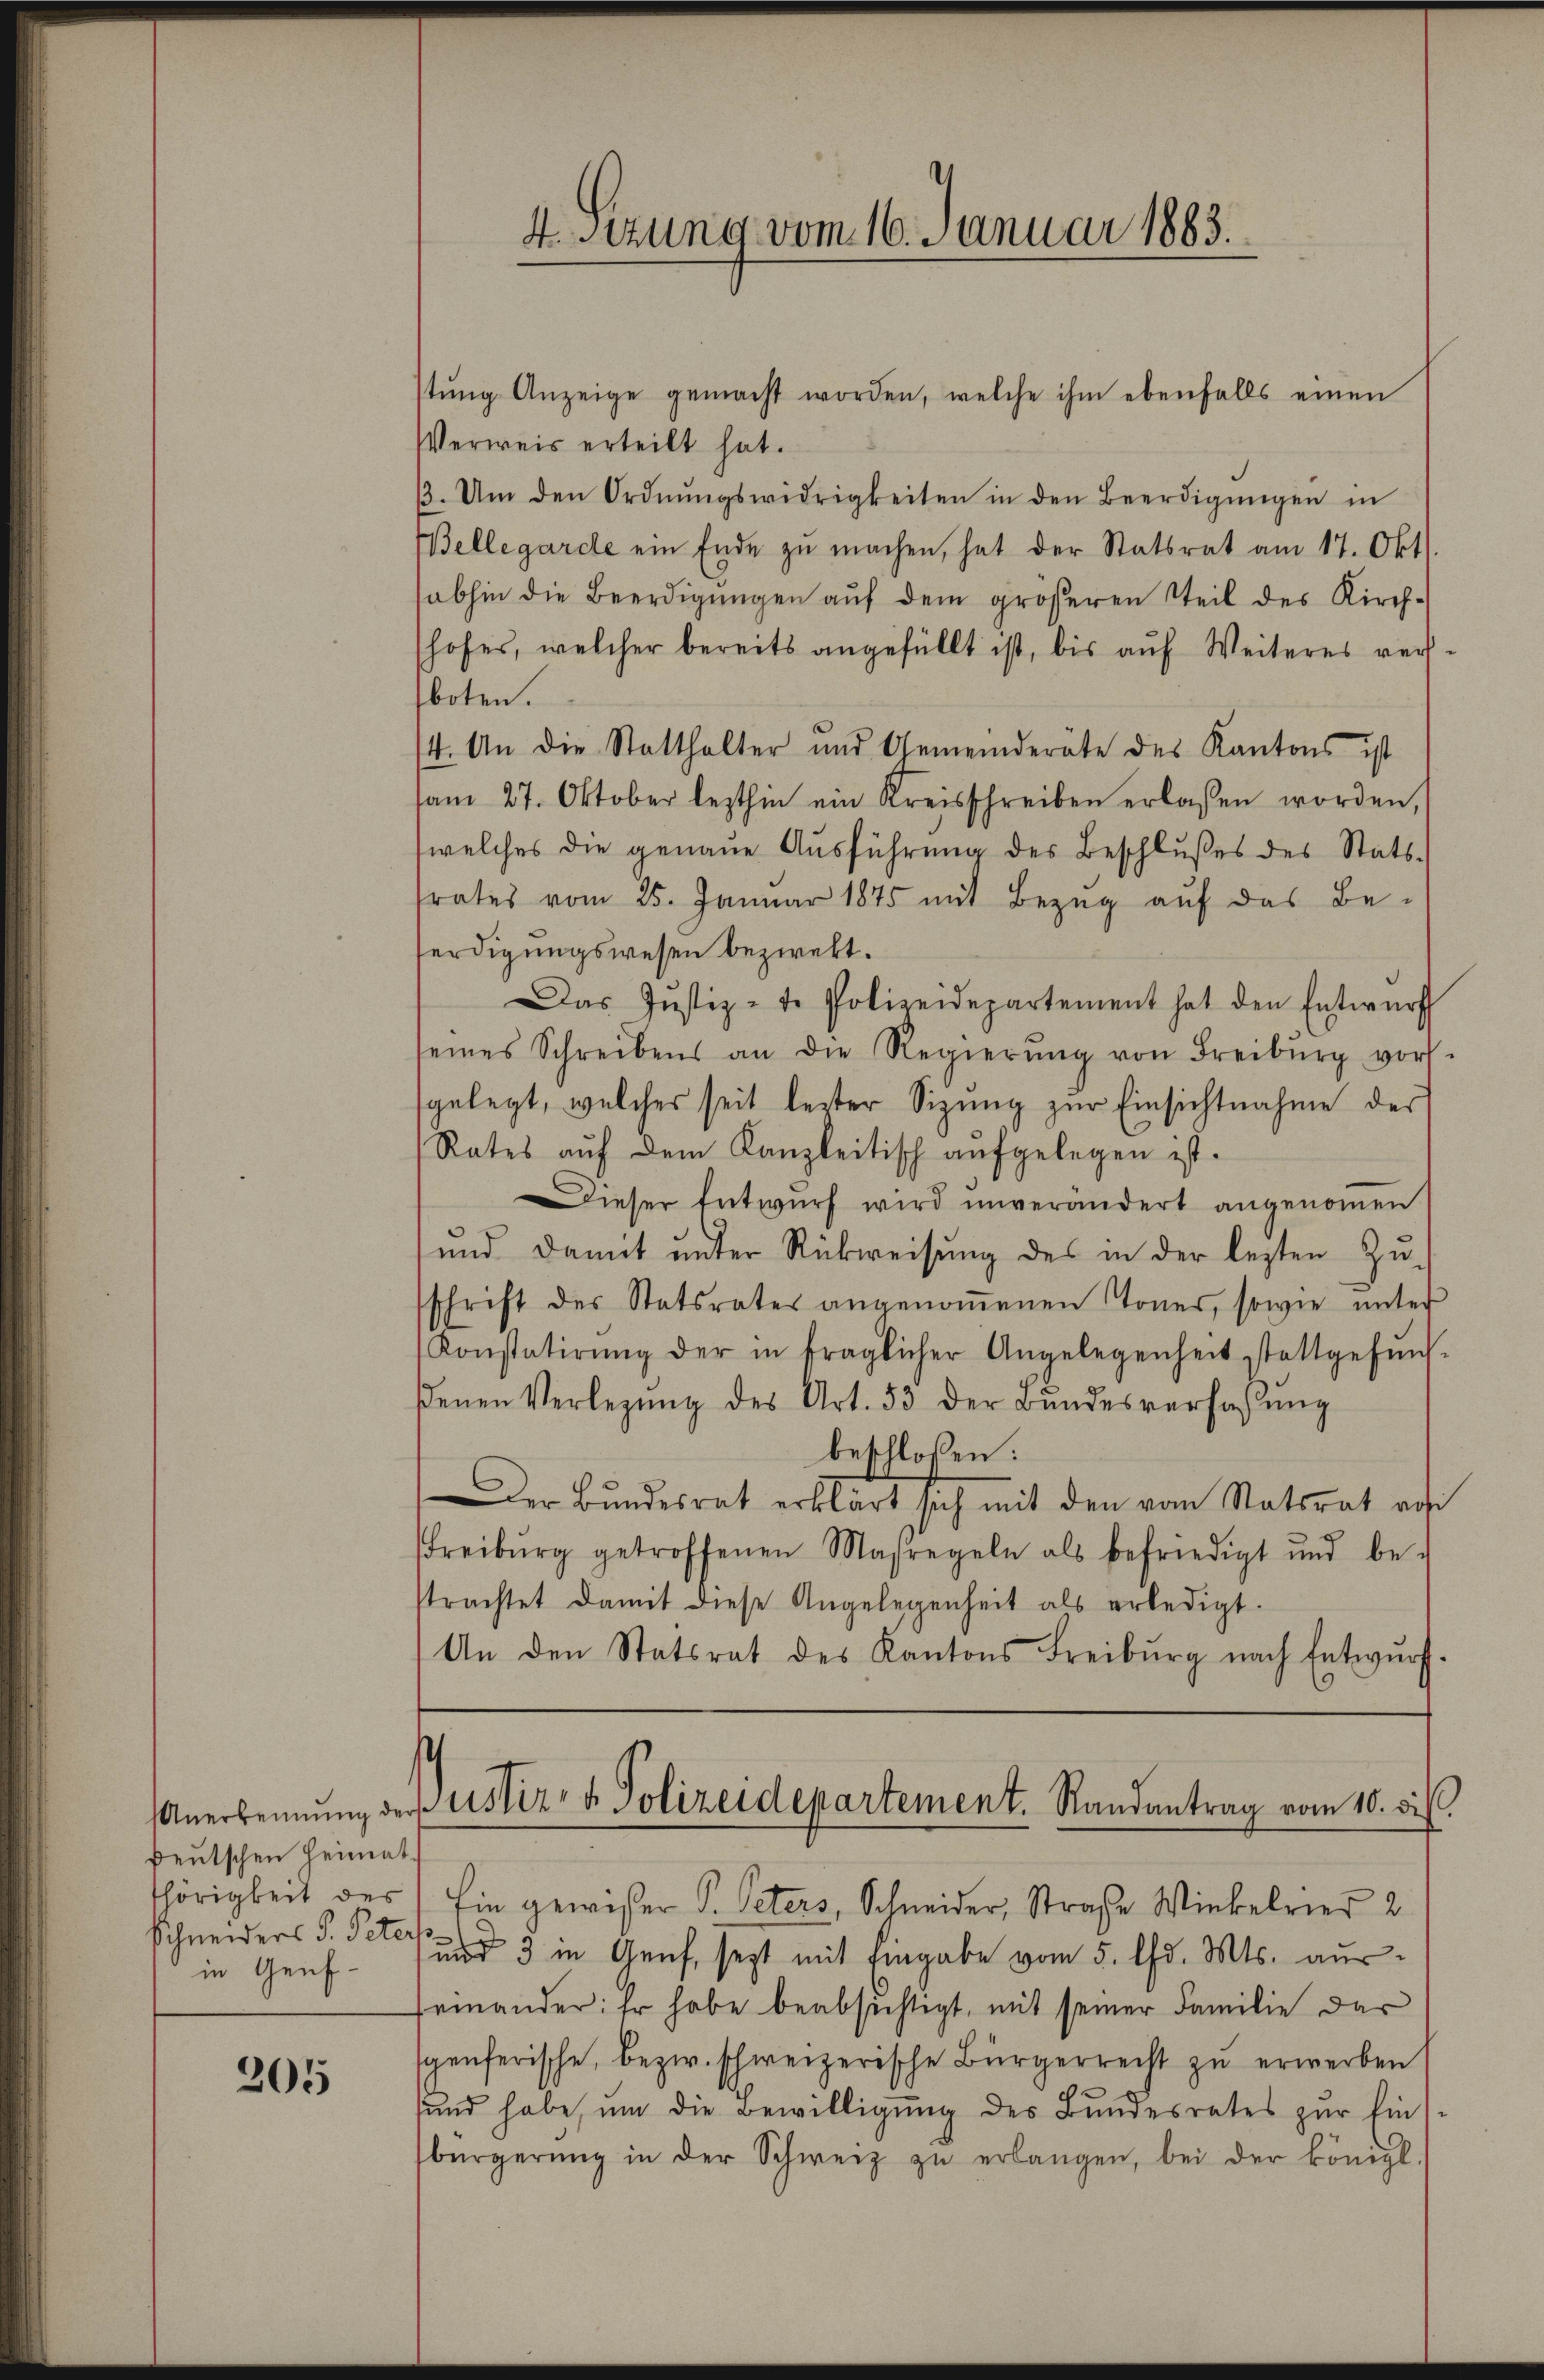
deutschen Heimat.
thörigkeit des
Schneiders F. Peter
in Genf-

205

stŭng Anzeige gemacht worden, welche ihm ebenfalls einen
Verweis erteilt hat.
/3. Um den Ordnŭngswidrigkeiten in den Beerdigŭngen in
Bellegarde ein Ende zu machen, hat der Statsrat am 17. Okt.
abhin die Beerdigŭngen aŭf dem größeren Teil des Kirch-
shofes, welcher bereits angefüllt ist, bis aŭf Weiteres ver-
boten.
4. An die Statthalter und Gemeinderäte des Kantons ist
am 27. Oktober lezthin ein Kreisschreiben erlassen worden,
(welches die genaue Aŭsführung des Beschlußes des Stats-
frates vom 25. Januar 1875 mit Bezŭg aŭf das Be-
ferdigungswesen bezwekt.
Das Justiz-te Polizeidepartement hat den Entwŭrf
seines Schreibens an die Regierŭng von Freiburg vors
gelegt, welches seit lezter Sizŭng zŭr Einsichtnahme der
Rates aŭf dem Kanzleitisch aufgelegen ist.
Dieser Entwurf wird unverändert angenommen
und damit unter Rückweisung des in der lezten Zuschrift des Statsrates angenoṁenen Tones, sowie unter
Konstatirŭng der in fraglicher Angelegenheit stattgefŭnd-
ßenen Verlegŭng des Art. 53 der Bŭndesverfassŭng
beschlossen:
DDer Bundesrat erklärt sich mit den vom Statsrat von
Freiburg getroffenen Maßregeln als befriedigt und be-
trachtet damit diese Angelegenheit als erledigt.
An den Statsrat des Kantons Freiburg nach Entwurf.

4. Sitzung vom 16. Januar 1883.

Anerkennung der Astiz- & Polizeidepartement. Randantrag vom 10. di

Ein gewisser P. Peters, Schneider, Straße Winkelrier 2
und 3 in Genf, sezt mit Eingabe vom 5. d. Mts. ausseinander: Er habe beabsichtigt, mit seiner Familie dar
spenferische, bezw. schweizerische Bürgerrecht zŭ erwerben
sund habe, ŭm die Bewilligŭng des Bundesrates zŭr Ein-
bürgerŭng in der Schweiz zŭ erlangen, bei der königl.